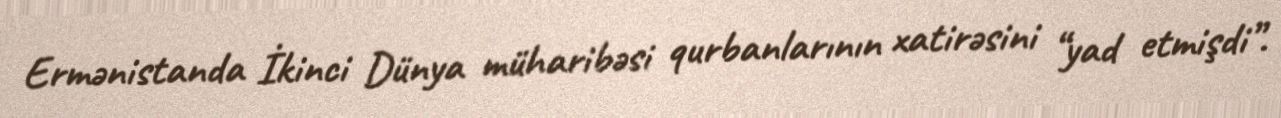
Ermənistanda İkinci Dünya müharibəsi qurbanlarının xatirəsini “yad etmişdi”.